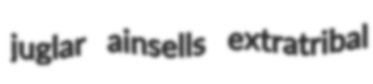
juglar ainsells extratribal